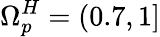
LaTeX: \Omega_{p}^{H}=(0.7,1]